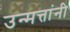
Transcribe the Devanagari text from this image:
उन्मत्तांनी